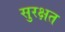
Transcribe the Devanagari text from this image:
सुरक्षत